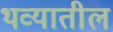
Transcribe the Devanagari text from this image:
थव्यातील